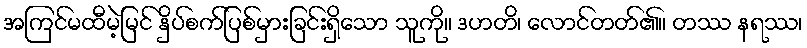
အကြင်မထီမဲ့မြင် နှိပ်စက်ပြစ်မှားခြင်းရှိသော သူကို။ ဒဟတိ၊ လောင်တတ်၏။ တဿ နရဿ၊